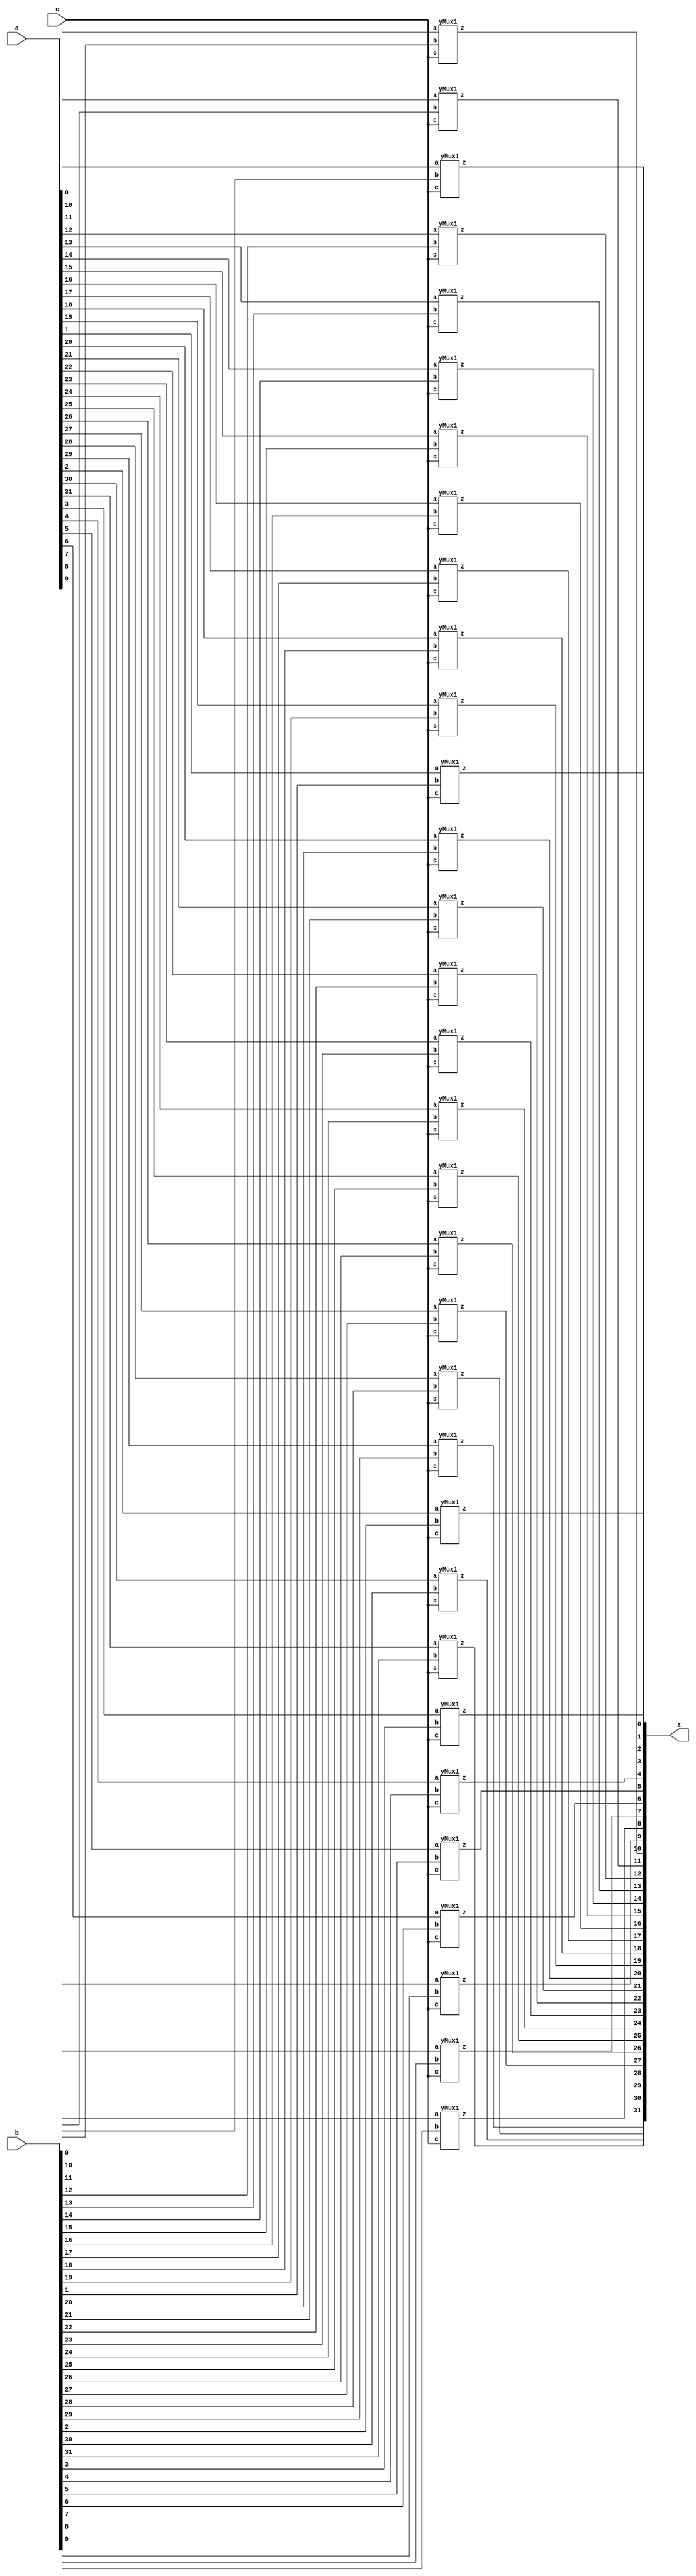
//DONE
module yMux(z, a, b, c);
    parameter SIZE=32;        //similar to FINAL in java
    output [SIZE-1:0] z;
    input [SIZE-1:0] a,b;
    input c;
    yMux1 mine[SIZE-1:0](z,a,b,c);
endmodule 

module yMux1(z,a,b,c);
    output z;                   //1 bit wire
    input a, b, c;              //1 bit wires
    wire notC, upper, lower; 
    not (notC, c);              //notC=~c
    and upperAnd(lower,a,notC);    //lower= a & ~c
    and lowerAnd(upper, c,b) ;       //upper=c & b
    or (z, upper, lower);            //z= upper | lower
endmodule

module yMux4to1(z, a0,a1,a2,a3, c);
    parameter SIZE = 2;
    output [SIZE-1:0] z;
    input [SIZE-1:0] a0, a1, a2, a3;
    input [1:0] c;
    wire [SIZE-1:0] zLo, zHi;
    yMux #(SIZE) lo(zLo, a0, a1, c[0]);
    yMux #(SIZE) hi(zHi, a2, a3, c[0]);
    yMux #(SIZE) final(z, zLo, zHi, c[1]);
endmodule 

module yAdder1(z, cout, a, b, cin);     //z= (a xor b) xor cin    |    cout=((a xor b)&cin) or (a&b)
    output z, cout;
    input a, b, cin;
    xor left_xor(tmp, a, b);
    xor right_xor(z, cin, tmp);
    and left_and(outL, a, b);
    and right_and(outR, tmp, cin);
    or my_or(cout, outR, outL);
endmodule 

module yAdder(z, cout, a, b, cin);
    parameter SIZE=2;
    output [SIZE-1:0] z;
    output cout;
    input [SIZE-1:0] a, b;
    input cin;
    wire[SIZE-1:0] in, out;
    yAdder1 mine[SIZE-1:0](z, out, a, b, in);
    assign in[0] = cin;
    assign in[SIZE-1:1] = out[SIZE-2:0]; 
    assign cout=out[SIZE-1];
endmodule

module yArith(z, cout, a, b, ctrl);
    output [31:0] z;
    output cout;
    input [31:0] a, b;
    input ctrl;
    wire [31:0] notB, tmp;
    wire cin;
    assign cin=ctrl;
    not NOTB[31:0] (notB, b);
    yMux #(32) mux(tmp, b, notB, cin);
    yAdder #(32)adder(z, cout, a, tmp, cin);
endmodule 

module yAlu(z, ex, a, b, op); 
    input [31:0] a, b; 
    input [2:0] op; 
    output [31:0] z; 
    output ex; 
    wire [31:0] andi, ori, arith, sub, slt;
    wire condition;
    assign slt[31:1] = 0;  
    wire [15:0] z16;
    wire [7:0]  z8;
    wire [3:0]  z4;
    wire [1:0]  z2;
    wire z1;
    //and-----------------------------------------
    and myAnd[31:0](andi, a, b);

    //or------------------------------------------
    or  myOr[31:0](ori, a, b);
    
    //(+-)----------------------------------------
    yArith myArith(arith,null, a, b, op[2]);

    //slt-----------------------------------------
    xor myXor (condition, a[31], b[31]);
    yArith sltArith(sub,null, a, b, 1'b1);
    yMux1  sltMux (slt[0], sub[31], a[31], condition);

    //---------------------------------------------
    //z=operation based on op
    yMux4to1 #(32) myMux (z, andi, ori, arith, slt, op[1:0]);

    //exception-----------------------------------------
    or or16[15:0] (z16, z[15:0], z[31:16]); 
    or or8[7:0]  (z8, z16[7:0], z16[15:8]); 
    or or4[3:0] (z4, z8[3:0], z8[7:4]); 
    or or2[1:0]  (z2, z4[1:0], z4[3:2]); 
    or or1 (z1, z2[0:0], z2[1:1]);
    not noting(ex, z1);

endmodule

module register(z, clk, d, enable);
    parameter n=32;
    input clk, enable;
    input [n-1:0] d;
    reg [n-1:0] q;
    output [n-1:0] z;
    assign z=q;
    always @(posedge clk)begin
       if(enable) q<=d;
    end
endmodule

module mem(memOut, address, memIn, clk, read, write);
    parameter DEBUG = 0;

    parameter CAPACITY = 16'hffff;
    input clk, read, write;
    input [31:0] address, memIn;
    output [31:0] memOut;
    reg [31:0] memOut;
        reg [31:0] arr [0:CAPACITY];
        reg fresh = 1;

        always @(read or address or arr[address])
        begin
            if (fresh == 1)
            begin
                fresh = 0;
                $readmemh("ram.dat", arr);
            end

            if (read == 1)
            begin
                if (address[1:0] != 2'b00)
                begin
                    //$display("Unaligned Load Address %d", address); 
                    memOut = 32'hxxxxxxxx;
                end
                else if (address > CAPACITY)
                begin
                    //$display("Address %h out of range %d", address, CAPACITY);
                    memOut = 32'hxxxxxxxx;
                end
                else
                begin
                    memOut = arr[address];
                end
            end
        end

        always @(posedge clk)
        begin
            if (write == 1)
            begin
                if (address[1:0] != 2'b00)
                begin
                    //$display("Unaligned Store Address %d", address);
                end
                else if (address > CAPACITY)
                begin
                    $display("Address %d out of range %d", address, CAPACITY);
                end
                else
                begin
                    arr[address] <= memIn;
                    if (DEBUG != 0) $display("MEM: wrote %0dd at address %0dd", memIn, address);
                end
            end
        end
endmodule

module rf(RD1,RD2, RN1,RN2, WN,WD, clk, W);
/****************************
Behavioral register file
Written by H. Roumani, 2009
****************************/
parameter DEBUG = 0;

input clk, W;
input [4:0] RN1, RN2, WN;
input [31:0] WD;
output [31:0] RD1, RD2;

reg [31:0] RD1, RD2;
reg [31:0] arr [1:31];

always @(RN1 or arr[RN1])
	if (RN1 == 0)
		RD1 = 0;
	else
	begin
		RD1 = arr[RN1];
		if (DEBUG != 0) $display("RF: read %0dd from reg#%0d", RD1, RN1);
	end

always @(RN2 or arr[RN2])
	if (RN2 == 0)
		RD2 = 0;
	else
	begin
		RD2 = arr[RN2];
		if (DEBUG != 0) $display("RF: read %0dd from reg#%0d", RD2, RN2);
	end


always @(posedge clk)
	if (W == 1 && WN != 0)
	begin
		arr[WN] = WD;
		if (DEBUG != 0) $display("RF: wrote %0dd to reg#%0d", WD, WN);
	end

endmodule

module yIF(ins, PC, PCp4, PCin, clk);
    output [31:0] ins, PC, PCp4;
    input [31:0] PCin;
    input clk;
    wire zero;
    wire read, write, enable;
    wire [31:0] a, memIn;
    wire [2:0] op;
    register #(32) pcReg(PC,clk, PCin, enable);
    mem insMem(ins, PC, memIn, clk, read, write);
    yAlu myAlu(PCp4, zero, a, PC, op);
    assign enable = 1'b1;
    assign a = 32'h0004;
    assign op = 3'b010;
    assign read = 1'b1;
    assign write = 1'b0;
endmodule

//extracts the various fields of ins and looks up the needed registers.
module yID(rd1, rd2, immOut, jTarget, branch, ins, wd, RegWrite, clk); 
    output [31:0] rd1, rd2, immOut;
    output [31:0] jTarget;
    output [31:0] branch;
    input [31:0] ins, wd;
    input RegWrite, clk;
    wire [19:0] zeros, ones; // For I-Type and SB-Type
    wire [11:0] zerosj, onesj; // For UJ-Type
    wire [31:0] imm, saveImm; // For S-Type
    rf myRF(rd1, rd2, ins[19:15], ins[24:20], ins[11:7], wd, clk, RegWrite);
    assign imm[11:0] = ins[31:20];
    assign zeros = 20'h00000;
    assign ones = 20'hFFFFF;
    yMux #(20) se(imm[31:12], zeros, ones, ins[31]);
    assign saveImm[11:5] = ins[31:25];
    assign saveImm[4:0] = ins[11:7];
    yMux #(20) saveImmSe(saveImm[31:12], zeros, ones, ins[31]);
    yMux #(32) immSelection(immOut, imm, saveImm, ins[5]);
    assign branch[11] = ins[31];
    assign branch[10] = ins[7];
    assign branch[9:4] = ins[30:25];
    assign branch[3:0] = ins[11:8];
    yMux #(20) bra(branch[31:12], zeros, ones, ins[31]);
    assign zerosj = 12'h000;
    assign onesj = 12'hFFF;
    assign jTarget[19] = ins[31];
    assign jTarget[18:11] = ins[19:12];
    assign jTarget[10] = ins[20];
    assign jTarget[9:0] = ins[30:21];
    yMux #(12) jum(jTarget[31:20], zerosj, onesj, jTarget[19]);
endmodule

module yEX(z, zero, rd1, rd2, imm, op, ALUSrc);
    output [31:0] z;
    output zero;
    input [31:0] rd1, rd2, imm;
    input [2:0] op;
    input ALUSrc;

    wire [31:0] b;
    
    yMux #(32) pick(b, rd2, imm, ALUSrc);
    yAlu oop(z, zero, rd1, b, op);

endmodule

module yDM(memOut, exeOut, rd2, clk, MemRead, MemWrite);
    output [31:0] memOut;
    input [31:0] exeOut, rd2;
    input clk, MemRead, MemWrite;
    mem DM(memOut, exeOut, rd2, clk, MemRead, MemWrite); 
endmodule


module yWB(wb, exeOut, memOut, Mem2Reg);
    output [31:0] wb;
    input [31:0] exeOut, memOut;
    input Mem2Reg;
    yMux #(32) WB(wb, exeOut, memOut, Mem2Reg);
endmodule

//DONE
module yPC(PCin, PC, PCp4,INT,entryPoint,branchImm,jImm,zero,isbranch,isjump);
    output [31:0] PCin;
    input [31:0] PC, PCp4, entryPoint, branchImm;
    input [31:0] jImm;
    input INT, zero, isbranch, isjump;
    wire [31:0] branchImmX4, jImmX4, jImmX4PPCp4, bTarget, choiceA, choiceB;
    wire doBranch, zf;
    // Shifting left branchImm twice
    assign branchImmX4[31:2] = branchImm[29:0];
    assign branchImmX4[1:0] = 2'b00;
    // Shifting left jump twice
    assign jImmX4[31:2] = jImm[29:0];
    assign jImmX4[1:0] = 2'b00;
    // adding PC to shifted twice, branchImm
    yAlu bALU(bTarget, zf, PC, branchImmX4, 3'b010);  //PC not PCp4
    // adding PC to shifted twice, jImm
    yAlu jALU(jImmX4PPCp4, zf, PC, jImmX4, 3'b010);  
    // deciding to do branch
    and (doBranch, isbranch, zero);
    yMux #(32) mux1(choiceA, PCp4, bTarget, doBranch);
    yMux #(32) mux2(choiceB, choiceA, jImmX4PPCp4, isjump);
    yMux #(32) mux3(PCin, choiceB, entryPoint, INT);
endmodule

module yC1(isStype, isRtype, isItype, isLw, isjump, isbranch, opCode);
    output isStype, isRtype, isItype, isLw, isjump, isbranch;
    input [6:0] opCode;
    wire lwor, ISselect, JBselect, sbz, sz;
    // opCode
    // lw 0000011
    // I-Type 0010011 
    // R-Type 0110011
    // SB-Type 1100011
    // UJ-Type 1101111
    // S-Type 0100011
    // Detect UJ-type
    assign isjump=opCode[3];
    // Detect lw
    or (lwor, opCode[6], opCode[5], opCode[4], opCode[3], opCode[2]);   //00000
    not (isLw, lwor);
    // Select between S-Type and I-Type
    xor (ISselect, opCode[5], opCode[4], opCode[3], opCode[2], opCode[1]);  //??
    and (isStype, ISselect, opCode[0]); //??
    and (isItype, ISselect, opCode[0]); //??
    // Detect R-Type
    and (isRtype, opCode[5], opCode[4]);    //1's
    // Select between JAL and Branch
    and (JBselect, opCode[6], opCode[5]);
    not (sbz, opCode[3]);
    and (isbranch, JBselect, sbz);
endmodule

//ALUsrc =0 rs2   =1 imm
module labM;
    reg RegWrite, clk, ALUSrc, MemRead, MemWrite, Mem2Reg;
    reg [2:0] op;
    wire [6:0] opCode;
    reg INT;
    wire isjump, isbranch;
    reg [31:0] entryPoint;
    wire [31:0] PCin;
    wire [31:0] PC;
    wire [31:0] wd, rd1, rd2, imm, ins, PCp4, z;
    wire [31:0] jTarget, branch, memOut, wb;
    wire zero;

    wire  isStype, isRtype, isItype, isLw;
    assign opCode=ins[6:0];
    yC1 myC1(isStype, isRtype, isItype, isLw, isjump, isbranch, opCode);

    yIF myIF(ins, PC, PCp4, PCin, clk);
    yID myID(rd1, rd2, imm, jTarget, branch, ins, wd, RegWrite, clk);
    yEX myEX(z, zero, rd1, rd2, imm, op, ALUSrc);
    yDM myDM(memOut, z, rd2, clk, MemRead, MemWrite);
    yWB myWB(wb, z, memOut, Mem2Reg);
    assign wd = wb;
    yPC myPC(PCin, PC, PCp4, INT, entryPoint, branch, jTarget, zero, isbranch, isjump);

    initial
    begin
    entryPoint = 32'h28;
    INT=1;
    #1;
    repeat (43)     //11+32
    begin
    //---------------------------------Fetch an ins
    clk = 1; #1; INT = 0;
    RegWrite = 0; ALUSrc = 1; op = 3'b010;
    MemRead = 0; MemWrite = 0; Mem2Reg = 0;
    //---------------------------------Set control signals
    if (ins[6:0] == 7'h33) // R-Type
    begin
        RegWrite = 1; ALUSrc = 0;   //ALUSrc=0   means use rs2 
        MemRead = 0;
		MemWrite = 0;
		Mem2Reg=0;
        if (ins[14:12] == 3'b110)   // funct3 = or
            begin
                op = 3'b001;
            end
        else if (ins[14:12] == 3'b000) begin
                 op = 3'b010;           // funct3 = add
            end
    end
// lw 0000011
    // I-Type 0010011 
    // R-Type 0110011
    // SB-Type 1100011
    // UJ-Type 1101111
    // S-Type 0100011
    // Detect UJ-type
   else if(ins[6:0]==7'h6F) // UJ-Type
    begin
        
        RegWrite = 1;
        ALUSrc = 1;   
        MemRead = 0;
		MemWrite = 0;
		Mem2Reg = 0;
    end
    
    else if (ins[6:0] === 7'h3) // lw
        begin
            
            RegWrite = 1; 
            ALUSrc = 1; 
            MemRead=1; 
            MemWrite=0; 
            Mem2Reg=1;
        end 
    
    else if (ins[6:0] === 7'h13) //addi
        begin
           
            RegWrite = 1; 
            ALUSrc = 1; 
            MemRead=0;
            MemWrite=0; 
            Mem2Reg=0;
        end


    else if (ins[6:0] == 7'h23)       //S TYPE
    begin
        
        RegWrite = 0; 
        ALUSrc = 1;
        MemRead = 0;
		MemWrite = 1;
		Mem2Reg = 0;
    end

    else if (ins[6:0] == 7'h63)       //SB-TYPE beq
    begin
        
        RegWrite = 0; 
        ALUSrc = 0;
        MemRead = 0;
		MemWrite = 0;
		Mem2Reg = 0;
    end
     // default
        else
        begin
            RegWrite = 0; ALUSrc = 0;
            MemRead = 0; MemWrite = 0; Mem2Reg = 0;
           
        end
    //---------------------------------Execute the ins
    clk = 0; #1;

    //---------------------------------View results
    #5 $display("%h: rd1=%2d rd2=%2d z=%3d zero=%b wb=%2d", ins, rd1, rd2, z, zero, wb);
    //---------------------------------Prepare for the next ins DO NOTHING!
    end
    $finish;
    end
endmodule